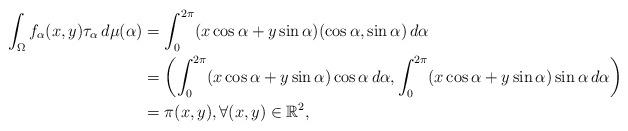
LaTeX: \begin{align*}\int_\Omega f_\alpha(x,y) \tau_\alpha \,d\mu(\alpha)&=\int_{0}^{2\pi}(x \cos \alpha+y \sin \alpha ) (\cos \alpha, \sin\alpha)\,d\alpha\\&=\left(\int_{0}^{2\pi}(x \cos \alpha+y \sin \alpha ) \cos \alpha \,d\alpha, \int_{0}^{2\pi}(x \cos \alpha+y \sin \alpha ) \sin\alpha\,d\alpha\right)\\&=\pi(x,y), \forall (x,y)\in \mathbb{R}^2,\end{align*}